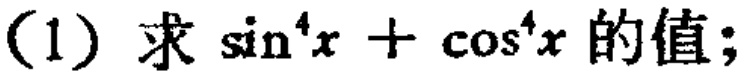
(1) 求\(\sin^{4}x + \cos^{4}x\)的值;